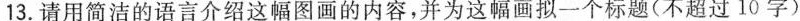
13.请用简洁的语言介绍这幅图画的内容，并为这幅画拟一个标题(不超过10字)